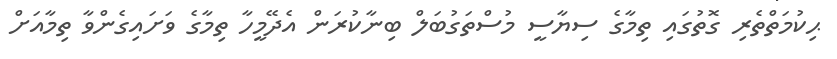
ޙިކުމަތްތެރި ގޮތުގައި ތިމާގެ ސިޔާސީ މުސްތަގުބަލް ބިނާކުރަން އެދޭމީހާ ތިމާގެ ވަށައިގެންވާ ތިމާއަށް